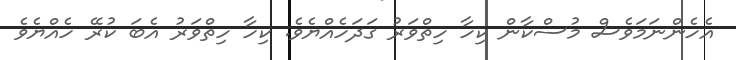
އެހެންނަމަވެސް މުސްކާން ކިހާ ހިތްވަރު ގަދަހެއްޔެވެ. ކިހާ ހިތްވަރު އެބަ ކުރޭ ހެއްޔެވެ